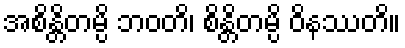
အစိန္တိတမ္ပိ ဘဝတိ၊ စိန္တိတမ္ပိ ဝိနဿတိ။